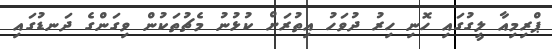
ޕްރިމިއާ ލީގުގައި ހޮނި ހިރު ދުވަހު އިތުރަށް ކުޅުނު މެޗުތަކުން ވިގަންގެ ދަނޑުގައި